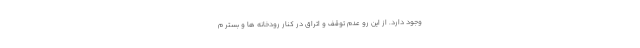
وجود دارد. از این رو عدم توقف و اتراق در کنار رودخانه ها و بستر م